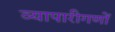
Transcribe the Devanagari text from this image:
व्यापारीगणों